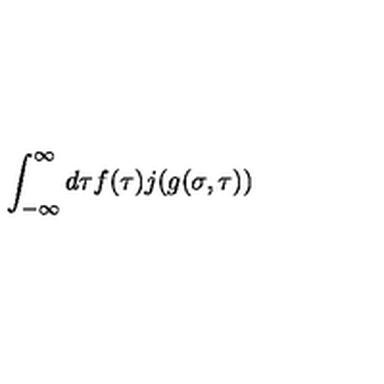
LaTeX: \int _ { - \infty } ^ { \infty } d \tau f ( \tau ) j ( g ( \sigma , \tau ) )